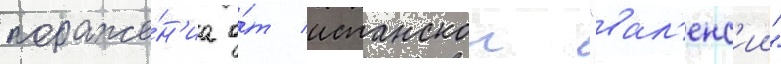
пораже́н'иа о́т испанскои "вал'енс'ии"